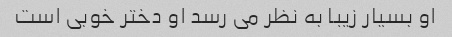
او بسیار زیبا به نظر می رسد او دختر خوبی است